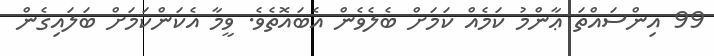
99 އިންސައްތަ ޢާންމު ކަމެއް ކަމަށް ބެލެވެން އެބައޮތެވެ. ވީމާ އެކަންކަމަށް ބަލައިގެން